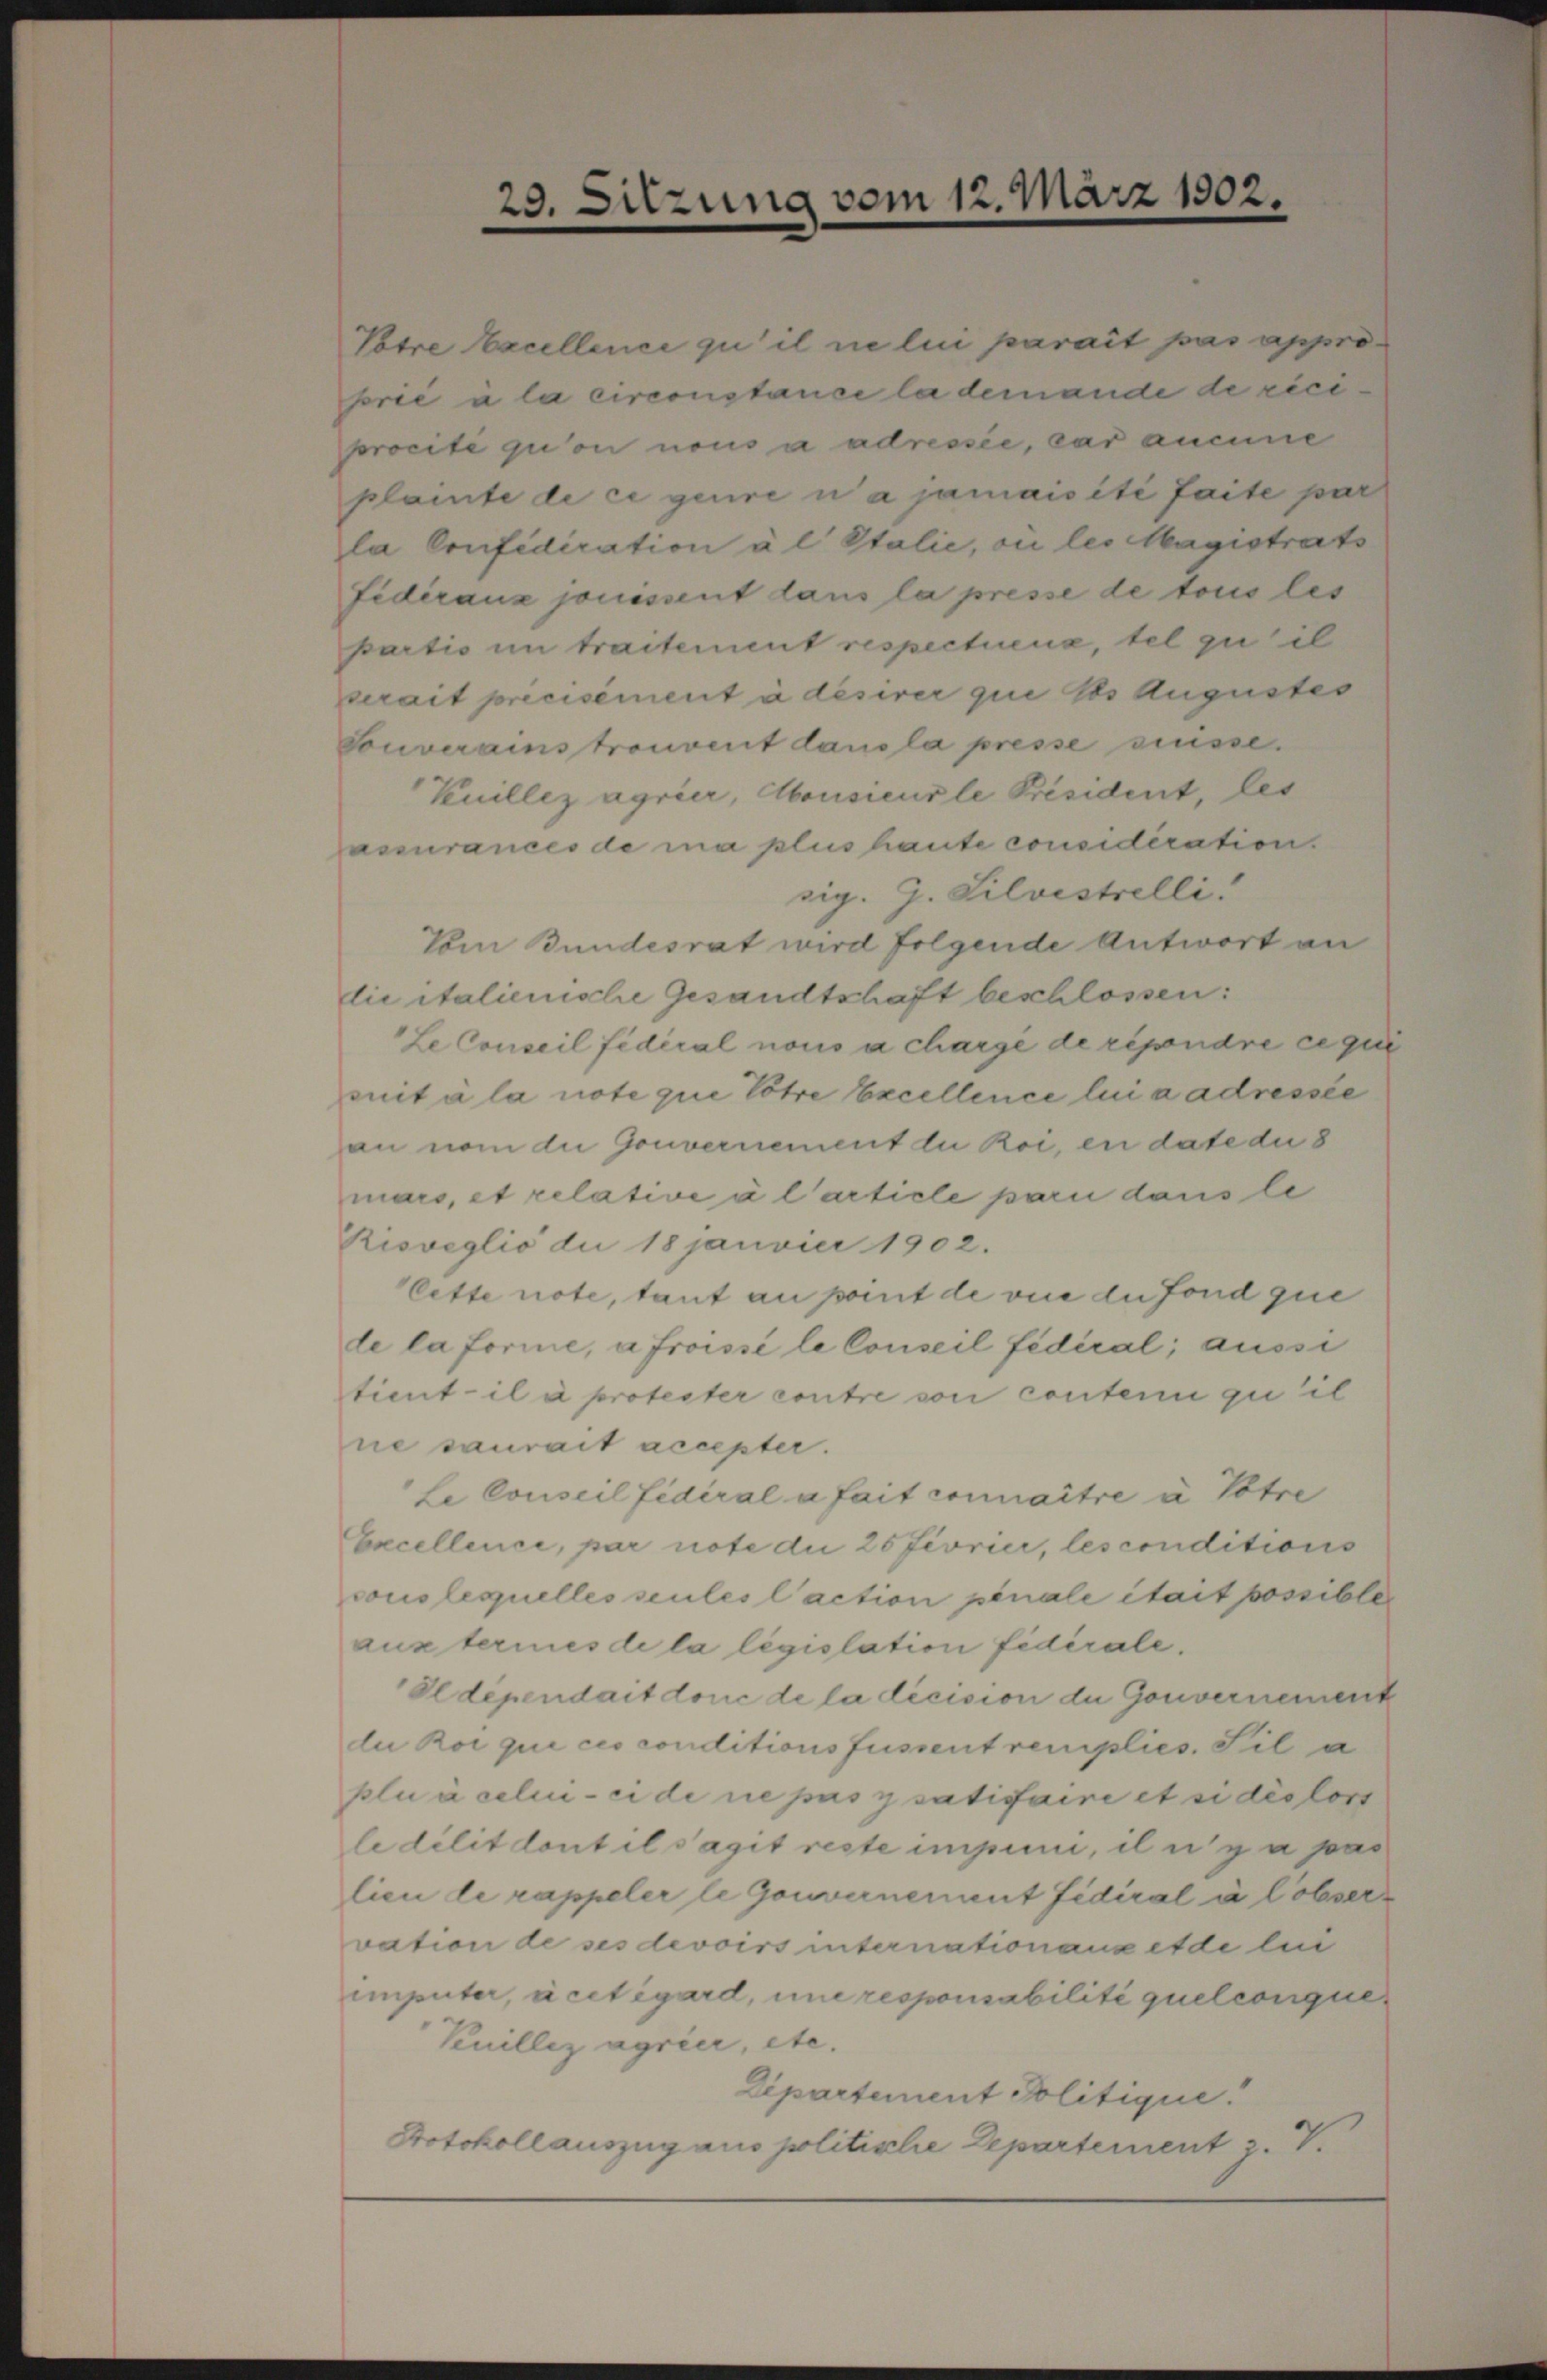
3.

izung vom 12. März 1902.

Potre Excellence zu il ne lui parait pas approsorie a la circonstance la demande de réci
procité qu’on nous a adressée, car aneine
plainte de ce geure u a jamaisité faite par
la Confidication à l Stalie, vie les Magistrats
Fidéraux jouissent dans la presse de tous les

partio in traitement respectiena, tel zu il
serait précisément à désirer que des Augustes
Touverains trouvent dans la presse süsse.
Knillez agrier, Monsieur le Président, les
assurances de ma plus haute considération.
sig. G. Silvestelli
Vom Bundesrat wird folgende Antwort an
die italienische Gesandtschaft beschlossen:
Le Conseil fédéral nous a chargé de répondre ce qui
oit à la note que Töhre Excellence lui a adressée
an vom die Gouvernement du Roi, en date die 8
mars, et relative à l’article pari dans le
Rioveglio du 18 janvier 1902.
Cette note, tant an point de vie du fond que
de la forme, a froissé le Conseil fédéral; aussi
tient il a professor contre von contenu qu’il
ne saurait accepter.
Le Conseil fédéral a fait connaitre à Potre
Excellence, par note die 25 fivrici, les conditions
cous lequelles seules l’action pénale était possible
aus termes de la législation fidérale.
Oldependait donc de la décision der Gouvernement
du Roi qui ces conditionsfussent remplies. Sil a
plu à celui-ci de die passatisfaire et si dés los
le dilitdont il s’agit reste impuni, il n’y a pas
lieu de rappeler le Gouvernement fidéral à l’observation de ses devoirs internationana et de lui
imputer, à cet égard, une responsabilité quelconque
Knillez agrier, etc.
Dipartement Politique.
Protokoll auszug aus politische Departement z. V.